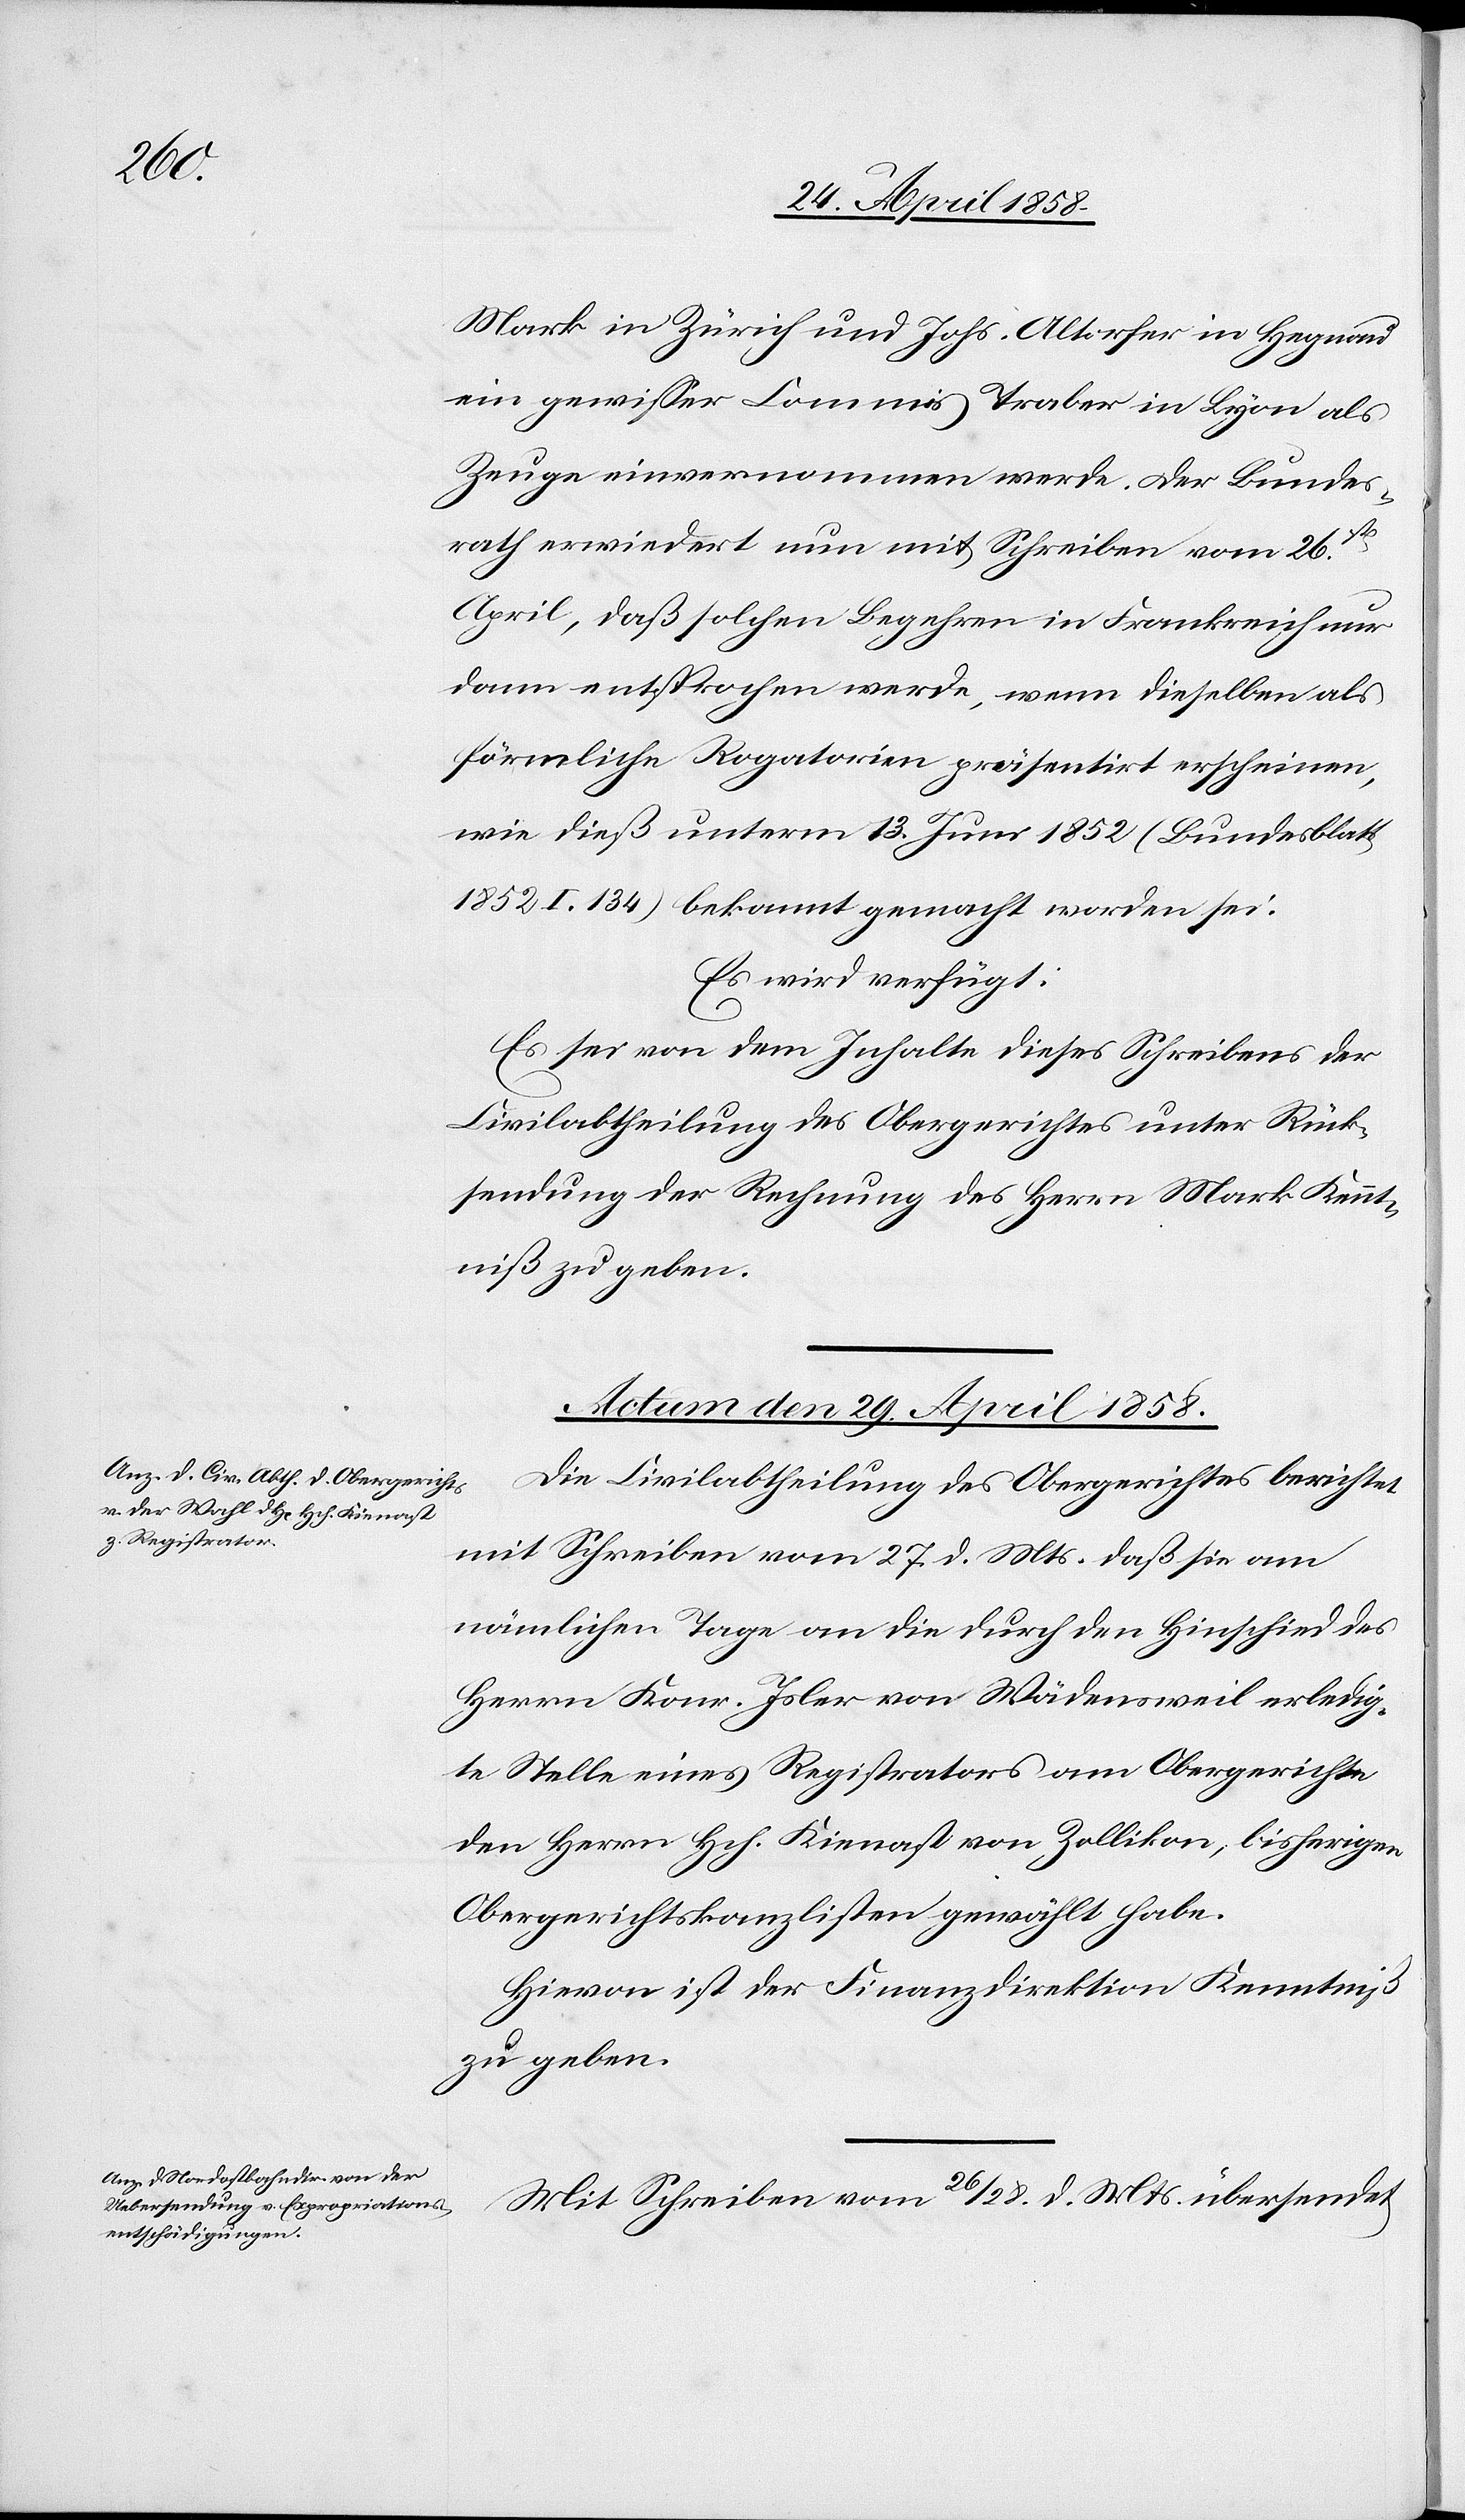
Mark in Zürich und Johs. Altorfer in Hegnau
ein gewisser Commis Traber in Lyon als
Zeuge einvernommen werde. Der Bundes¬
rath erwiedert nun mit Schreiben vom 26st[en]
April, daß solchen Begehren in Frankreich nur
dann entsprochen werde, wenn dieselben als
förmliche Rogatorien präsentirt erscheinen,
wie dieß unterm 13. Juni 1852 (Bundesblatt
1852 I. 134) bekannt gemacht worden sei.
Es wird verfügt:
Es sei von dem Inhalte dieses Schreibens der
Civilabtheilung des Obergerichtes unter Rück¬
sendung der Rechnung des Herrn Mark Kennt¬
niß zu geben.
Actum den 29. April 1858.]
Die Civilabtheilung des Obergerichtes berichtet
mit Schreiben vom 27. d. Mts. daß sie am
nämlichen Tage an die durch den Hinschied des
Herrn Konr. Isler von Wädensweil erledig¬
te Stelle eines Registrators am Obergerichte
den Herrn Hch. Kienast von Zollikon, bisherigen
Obergerichtskanzlisten gewählt habe.
Hievon ist der Finanzdirektion Kenntniß
zu geben.
Mit Schreiben vom 26./28. d. Mts. übersendet